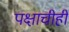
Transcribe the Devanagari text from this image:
पक्षाचीही